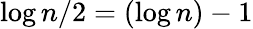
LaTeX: \log n/2=(\log n)-1